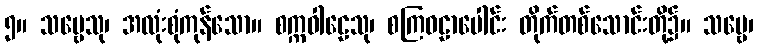
၅။ သဗ္ဗေသု၊ အလုံးစုံကုန်သော။ စက္ကဝါဠေသု၊ စကြဝဠာပေါင်း တိုက်တစ်သောင်းတို့၌။ သဗ္ဗေ၊